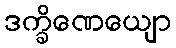
ဒက္ခိဏေယျော